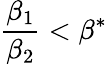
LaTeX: \frac{\beta_{1}}{\beta_{2}}<\beta^{*}